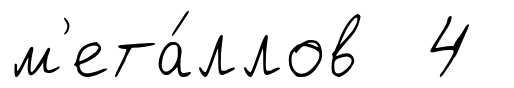
м'ета́ллов 4